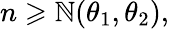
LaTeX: n\geqslant\mathbb{N}(\theta_{1},\theta_{2}),